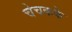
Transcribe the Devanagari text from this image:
चेचकके